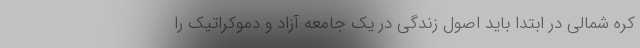
کره شمالی در ابتدا باید اصول زندگی در یک جامعه آزاد و دموکراتیک را